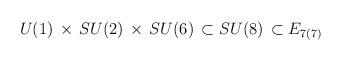
LaTeX: \begin{align*}U(1) \, \times \, SU(2) \, \times \, SU(6) \, \subset SU(8) \,\subset E_{7(7)}\end{align*}